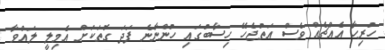
ހުރިހާ އެއްޗެއް ވެސް އަތުޖެހޭ ހިސާބުގައި ހުންނާނެ ފަދަ ގޮތަކަށް އެމިލީ ލައްވާ